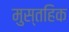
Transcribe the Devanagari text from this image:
मुस्तहिक